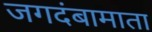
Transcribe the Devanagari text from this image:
जगदंबामाता